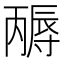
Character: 𡭃